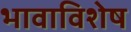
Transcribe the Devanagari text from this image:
भावाविशेष